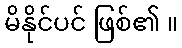
မိနိုင်ပင် ဖြစ်၏ ။